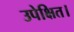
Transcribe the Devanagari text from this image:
उपेक्षित।